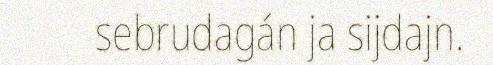
sebrudagán ja sijdajn.